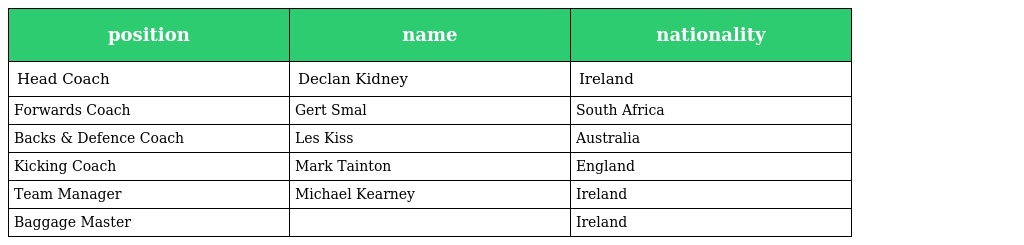
| position | name | nationality |
 | --- | --- | --- |
 | Head Coach | Declan Kidney | Ireland |
 | Forwards Coach | Gert Smal | South Africa |
 | Backs & Defence Coach | Les Kiss | Australia |
 | Kicking Coach | Mark Tainton | England |
 | Team Manager | Michael Kearney | Ireland |
 | Baggage Master |  | Ireland |